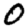
Digit: 0